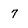
Character: 7